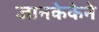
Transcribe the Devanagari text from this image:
जानकेकेने